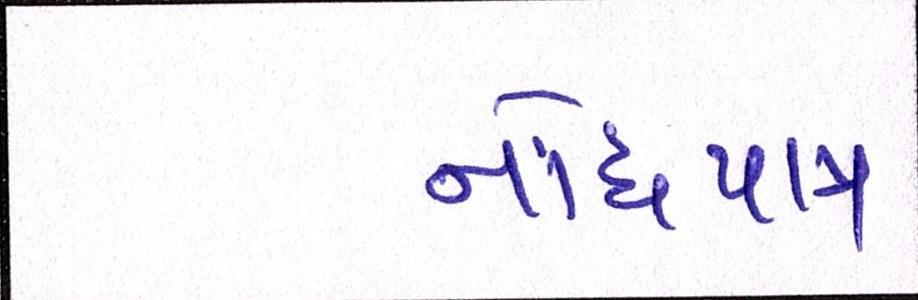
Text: નોંધપાત્ર